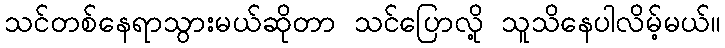
သင်တစ်နေရာသွားမယ်ဆိုတာ သင်ပြောလို့ သူသိနေပါလိမ့်မယ်။